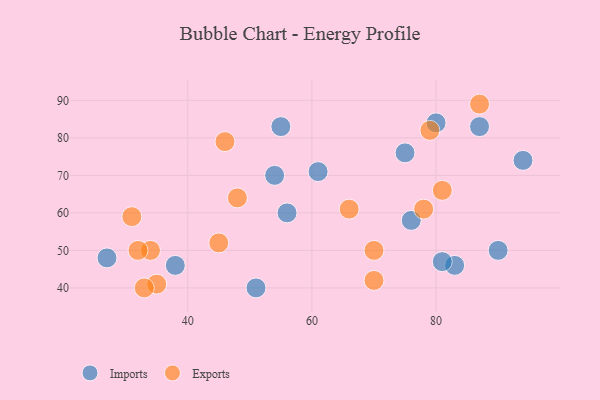
{"axis": {"x": "GDP", "y": "Life Expectancy"}, "legend": ["Exports", "Imports"], "data": [{"x": "90", "y": 50, "type": "Imports"}, {"x": "54", "y": 70, "type": "Imports"}, {"x": "83", "y": 46, "type": "Imports"}, {"x": "87", "y": 83, "type": "Imports"}, {"x": "75", "y": 76, "type": "Imports"}, {"x": "38", "y": 46, "type": "Imports"}, {"x": "76", "y": 58, "type": "Imports"}, {"x": "56", "y": 60, "type": "Imports"}, {"x": "94", "y": 74, "type": "Imports"}, {"x": "80", "y": 84, "type": "Imports"}, {"x": "27", "y": 48, "type": "Imports"}, {"x": "51", "y": 40, "type": "Imports"}, {"x": "81", "y": 47, "type": "Imports"}, {"x": "55", "y": 83, "type": "Imports"}, {"x": "61", "y": 71, "type": "Imports"}, {"x": "34", "y": 50, "type": "Exports"}, {"x": "78", "y": 61, "type": "Exports"}, {"x": "66", "y": 61, "type": "Exports"}, {"x": "35", "y": 41, "type": "Exports"}, {"x": "87", "y": 89, "type": "Exports"}, {"x": "32", "y": 50, "type": "Exports"}, {"x": "79", "y": 82, "type": "Exports"}, {"x": "46", "y": 79, "type": "Exports"}, {"x": "45", "y": 52, "type": "Exports"}, {"x": "33", "y": 40, "type": "Exports"}, {"x": "48", "y": 64, "type": "Exports"}, {"x": "81", "y": 66, "type": "Exports"}, {"x": "70", "y": 50, "type": "Exports"}, {"x": "70", "y": 42, "type": "Exports"}, {"x": "31", "y": 59, "type": "Exports"}]}